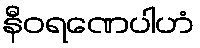
နီဝရဏေပါဟံ